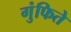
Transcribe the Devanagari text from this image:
गुंफिते